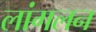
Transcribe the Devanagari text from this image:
लांगलन